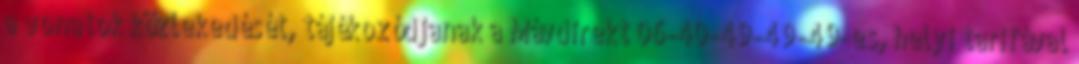
a vonatok közlekedését, tájékozódjanak a Mávdirekt 06-40-49-49-49-es, helyi tarifával